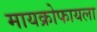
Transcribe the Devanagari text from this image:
मायक्रोफायला